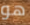
هو